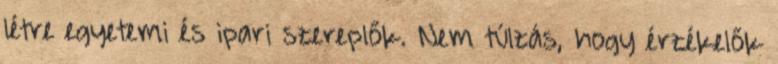
létre egyetemi és ipari szereplők. Nem túlzás, hogy érzékelők